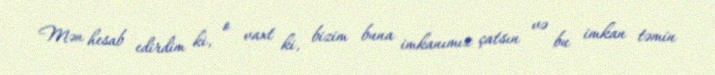
Mən hesab edirdim ki, o vaxt ki, bizim buna imkanımız çatsın və bu imkan təmin